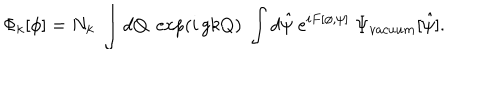
\Phi _ { k } [ \phi ] = N _ { k } ~ \int d Q \; \exp ( i \, g k Q ) \; \int d \hat { \psi } ~ e ^ { i F [ \phi , \psi ] } ~ \Psi _ { v a c u u m } [ \hat { \psi } ] .